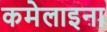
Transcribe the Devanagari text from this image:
कमेलाइना